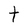
Character: t